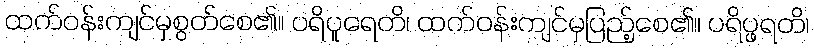
ထက်ဝန်းကျင်မှစွတ်စေ၏။ ပရိပူရေတိ၊ ထက်ဝန်းကျင်မှပြည့်စေ၏။ ပရိပ္ဖရတိ၊